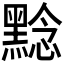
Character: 𪑡